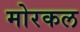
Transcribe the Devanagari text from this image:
मोरकल